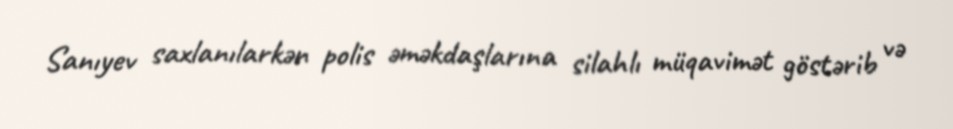
Sanıyev saxlanılarkən polis əməkdaşlarına silahlı müqavimət göstərib və